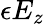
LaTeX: \epsilon E_{z}